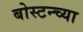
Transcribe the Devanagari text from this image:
बोस्टन्च्या